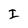
Character: I